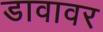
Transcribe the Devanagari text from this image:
डावावर